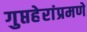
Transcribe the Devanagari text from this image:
गुप्तहेरांप्रमणे